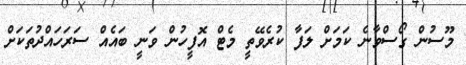
މޫސުން ގޯސްވާނެ ކަމަށް ލަފާ ކުރެވޭތީ މެޓް އޮފީހުން ވަނީ ބައެއް ސަރަހައްދުތަކަށް